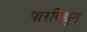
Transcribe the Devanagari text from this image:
पारविद्युत्